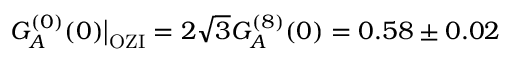
G _ { A } ^ { ( 0 ) } ( 0 ) \big | _ { \mathrm { O Z I } } = 2 \sqrt 3 G _ { A } ^ { ( 8 ) } ( 0 ) = 0 . 5 8 \pm 0 . 0 2